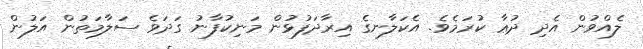
ލެއްވުން އެދި ދުޢާ ކުރަމެވެ. އެކަލާނގެ އިރާދަފުޅުން މަނިކުފާނު ގަދަވެ ސަލާމަތުން އަލުން